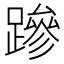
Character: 𮜒